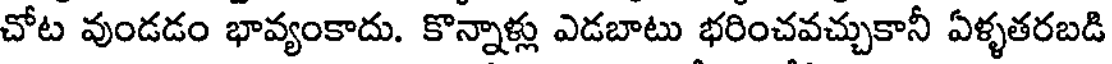
చోట వుండడం భావ్యంకాదు. కొన్నాళ్లు ఎడబాటు భరించవచ్చుకానీ ఏళ్ళతరబడి